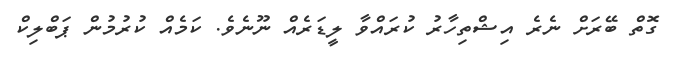
ގޮތް ބޭރަށް ނެރެ އިޝްތިހާރު ކުރައްވާ ލީޑަރެއް ނޫނެވެ. ކަމެއް ކުރުމުން ޕަބްލިކް